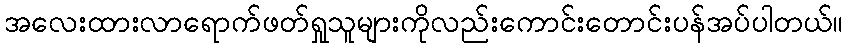
အလေးထားလာရောက်ဖတ်ရှုသူများကိုလည်းကောင်းတောင်းပန်အပ်ပါတယ်။